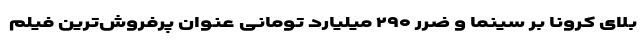
بلای کرونا بر سینما و ضرر ۲۹۰ میلیارد تومانی عنوان پرفروش‌ترین فیلم